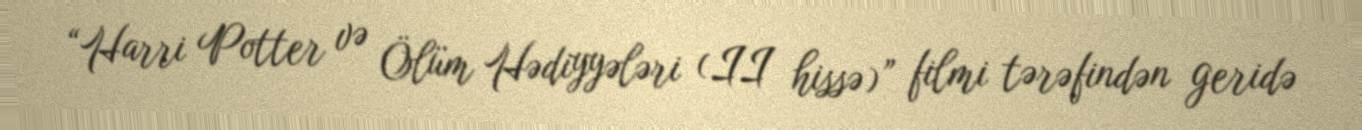
“Harri Potter və Ölüm Hədiyyələri (II hissə)” filmi tərəfindən geridə